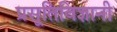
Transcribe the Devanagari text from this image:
प्रसूतिविज्ञानी